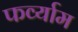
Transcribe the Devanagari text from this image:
फर्व्याम